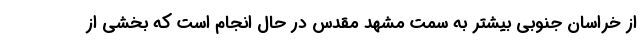
از خراسان جنوبی بیشتر به سمت مشهد مقدس در حال انجام است که بخشی از